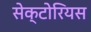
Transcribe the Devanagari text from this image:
सेक्टोरियस